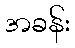
အခန်း